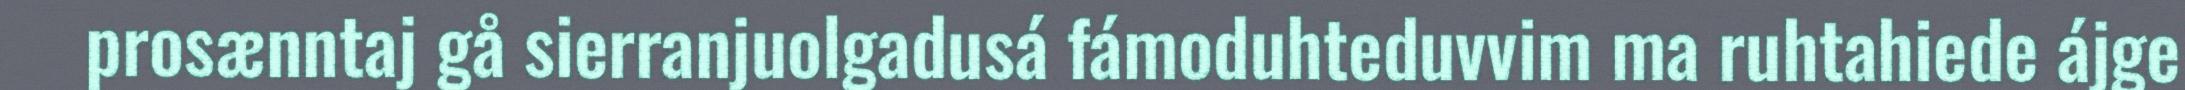
prosænntaj gå sierranjuolgadusá fámoduhteduvvim ma ruhtahiede ájge